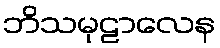
ဘိသမုဠာလေန